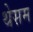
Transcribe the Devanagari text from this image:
थेसम